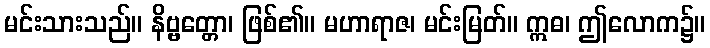
မင်းသားသည်။ နိဗ္ဗတ္တော၊ ဖြစ်၏။ မဟာရာဇ၊ မင်းမြတ်။ ဣဓ၊ ဤလောက၌။